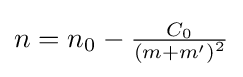
\textstyle n=n_{0}-{\frac {C_{0}}{\left(m+m'\right)^{2}}}